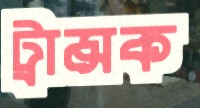
ট্রান্সক